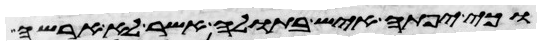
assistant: וכי יפתה איש בתולה אשר לא ארשה